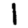
Digit: 1